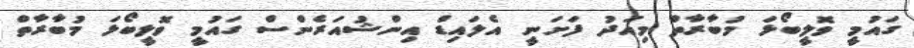
ގައުމީ ވޮލީބޯޅަ މުބާރާތް މިއަދު ފަށަނީ އެލައިޑް އިންޝުއަރެންސް ގައުމީ ވޮލީބޯޅަ މުބާރާތް